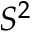
S ^ { 2 }